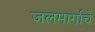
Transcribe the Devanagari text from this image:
जलमार्गाचे